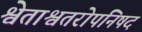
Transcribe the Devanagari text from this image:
श्वेताश्वतरोपनिषद